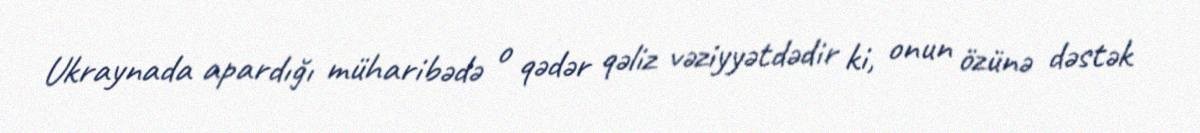
Ukraynada apardığı müharibədə o qədər qəliz vəziyyətdədir ki, onun özünə dəstək